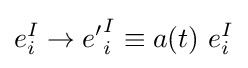
e_{i}^{I}\to {e'}_{i}^{I}\equiv a(t)~e_{i}^{I}